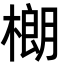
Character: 樃